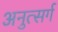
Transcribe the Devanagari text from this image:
अनुत्सर्ग